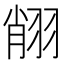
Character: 𦐺